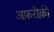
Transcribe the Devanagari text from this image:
अफ़रीक़ी